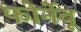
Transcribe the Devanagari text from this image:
फोर्नेबू